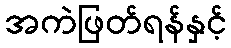
အကဲဖြတ်ရန်နှင့်